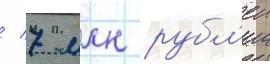
/ 7 млн рубл'еи